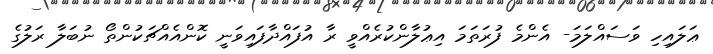
ޢަލައިހި ވަސައްލަމަ- އެންމެ ފުރަތަމަ އިޢުލާންކުރެއްވީ ރާ އުފައްދާފައިވަނީ ކޮންއެއްޗަކުންތޯ ނުބަލާ ރަލުގެ